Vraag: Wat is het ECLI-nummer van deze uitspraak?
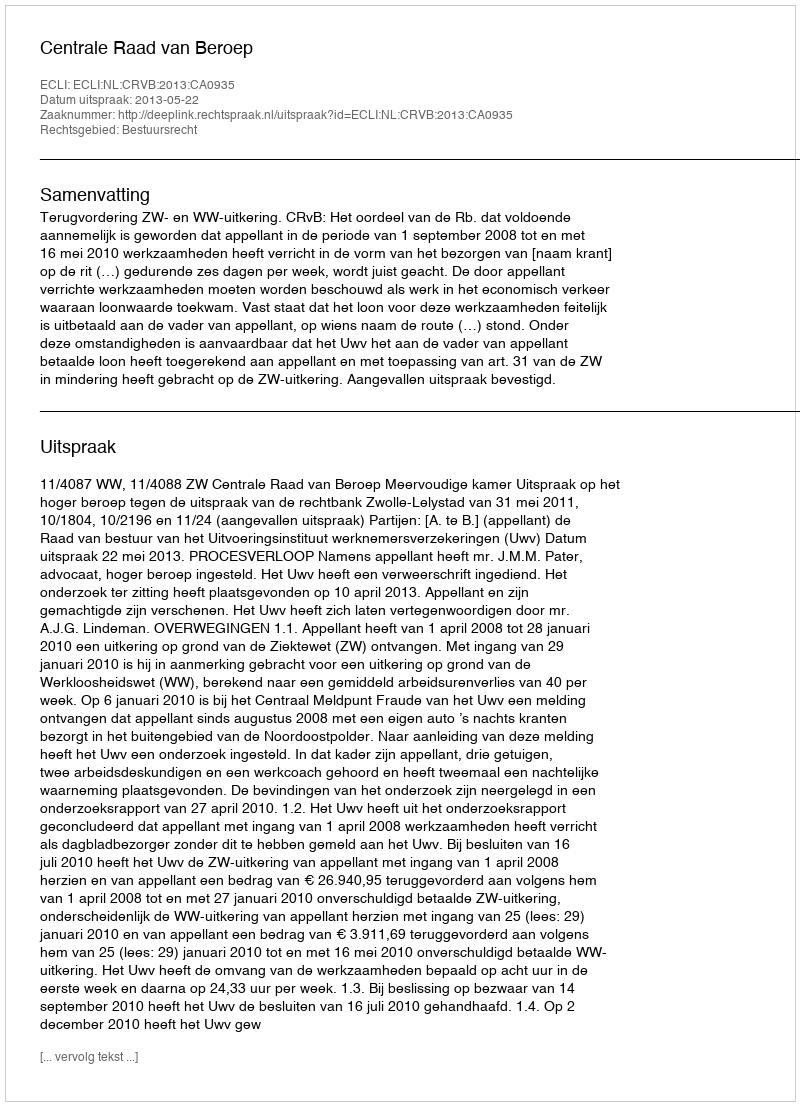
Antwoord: ECLI:NL:CRVB:2013:CA0935